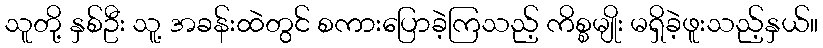
သူတို့ နှစ်ဦး သူ့ အခန်းထဲတွင် စကားပြောခဲ့ကြသည့် ကိစ္စမျိုး မရှိခဲ့ဖူးသည့်နှယ်။